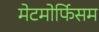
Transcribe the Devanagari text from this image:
मेटमोर्फिसम